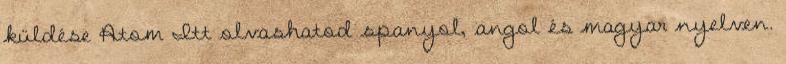
küldése Atom Itt olvashatod spanyol, angol és magyar nyelven.